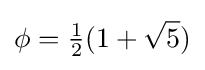
\phi ={\tfrac {1}{2}}(1+{\sqrt {5}})